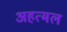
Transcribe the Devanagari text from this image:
अहत्मल